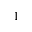
^ 1